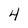
Character: 4